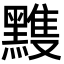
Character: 𪒊